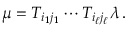
\mu = T _ { i _ { 1 } j _ { 1 } } \cdots T _ { i _ { \ell } j _ { \ell } } \lambda \, .